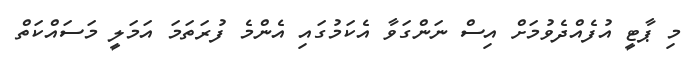
މި ޕާޓީ އުފެއްދެވުމަށް އިސް ނަންގަވާ އެކަމުގައި އެންމެ ފުރަތަމަ އަމަލީ މަސައްކަތް